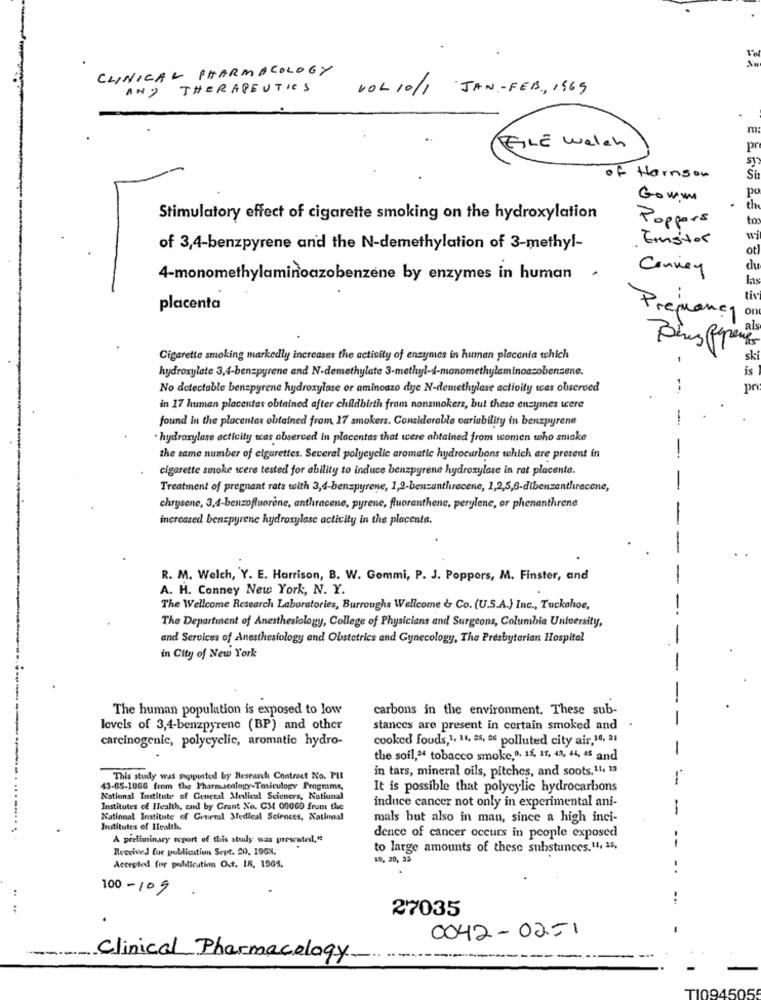
CLINICAL PHARMACOLOGY
AND THERAPEUTICS
VOL 10/1
JAN - FEB , 1965
m
GLE Welch
pr
sy
of Harnson
Si
Gomm
po
Stimulatory effect of cigarette smoking on the hydroxylation
Poppers
to
Einstor
of 3,4-benzpyrene and the N-demethylation of 3-methyl-
ot
Convey
de
4-monomethylaminoazobenzene by enzymes in human
.
las
tiv
placenta
on
Preplancy
Cigarette smoking markedly increases the activity of enzymes in human placenta tchich
sk
hydroxylate 3,4-ben=pyrene and N-demethylate 3-methyl-4-monomethylaminoacobensene.
-
is
No detectable benzpyrene hydroxylase or aminoazo dye N-demethylase activity tcas observed
--
pr
in 17 human placentas obtained after childbirth from nonsmokers, but these enzymes were
found in the placentas obtained from 17 smokers. Considerable variability in benzpyrene
-
hydroxylase acticity tcas observed in placentas that were obtained from women who smoke
-
the same number of cigarettes. Several polycyclic aromatic hydrocarbons which are present in
cigarette smoke were tested for ability to induce benzpyrene hydroxylase in rat placenta.
-
Treatment of pregnant rats with 3,4-benzpyrene, 1,2-benzanthracene, 1,2,5,6-dibenzanthracene,
chrysone, 3,4-benzoffuorene, anthracene, pyrene, fluoranthene, perylene, or phenanthrene
increased benzpyrene hydroxylase activity in the placenta.
R. M. Welch, Y. E. Harrison, B. W. Gommi, P. J. Poppers, M. Finster, and
A. H. Conney New York, N. Y.
The Wellcome Research Laboratories, Burroughs Wellcome & Co. (U.S.A.) Inc ., Tuckahoe,
The Department of Anesthesiology, College of Physicians and Surgeons, Columbia University,
and Services of Anesthesiology and Obstetrics and Gynecology, The Presbyterian Hospital
in City of New York
The human population is exposed to low
carbons in the environment. These sub-
.
levels of 3,4-benzpyrene (BP) and other
stances are present in certain smoked and
carcinogenic, polycyclic, aromatic hydro-
cooked foods,1, 14, 25, a6 polluted city air, 10, 31
-
the soil," tobacco smoke,9, 11, 17, 43, 44, 45 and
in tars, mineral oils, pitches, and soots,11, 19
This study was supported by Research Contract No. PU
-
43-65-1066 from the Pharmacalogy-Tesiculopy Progmms,
It is possible that polycylic hydrocarbons
National Institute of General Mulical Sciences, Notiunal
induce cancer not only in experimental ani-
Institutes of Health, and by Grant No. CM 09060 from the
-
National Institute of General Stedleal Sciences, National
mals but also in man, since a high inci-
Institutes of Health.
A preliminary report of this study was presented,ee
dence of cancer occurs in people exposed
Received for publication Sept. 20, 1908.
to large amounts of these substances.11, 15,
--
19, 20, 35
Accepted for politication Oct. IR. 1968.
..
100-109
--
27035
.
0042-02-1
Clinical Pharmacology
T109450